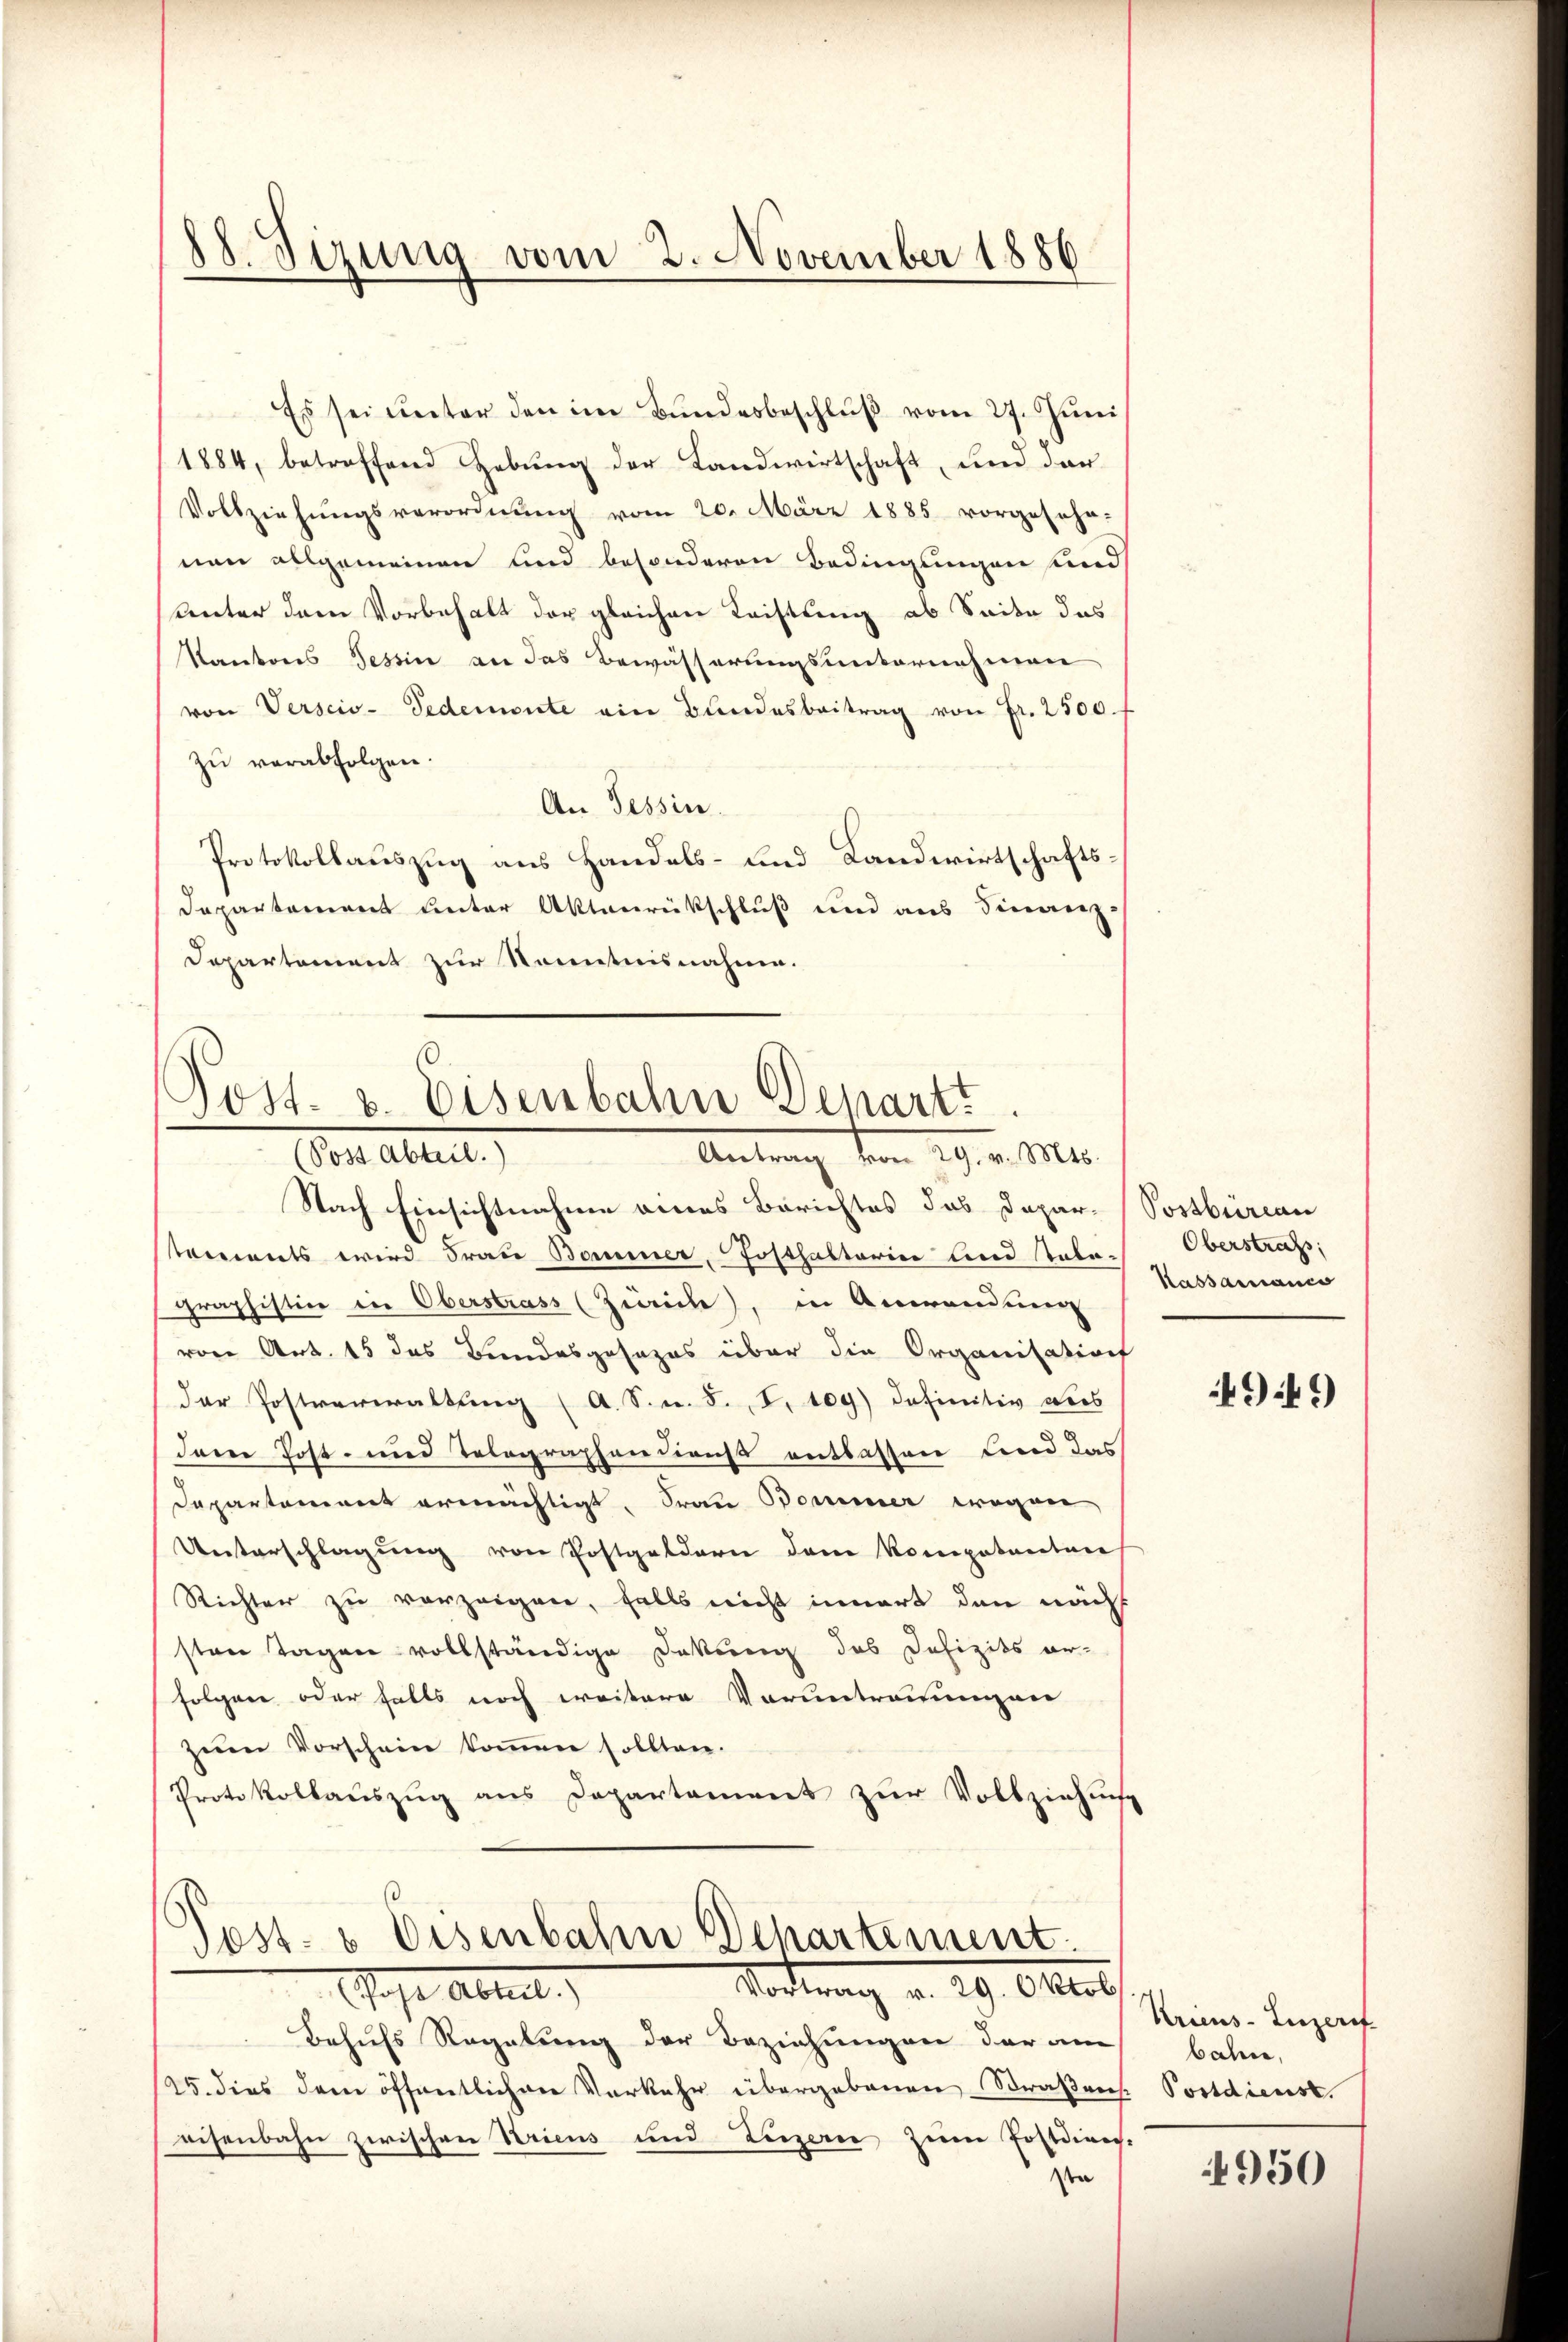
Es sei unter den im Bundesbeschlŭβ vom 27. Juni
1884, betreffend Hebung der Landwirtschaft, und dar
Vollziehungsverordnung vom 20. März 1885 vorgesehn-
nen allgemeinen und besonderen Bedingungen und
Unter dem Vorbehalt der gleichen Leistung ab Seite das
Kantons Tessin an das Bewässerungsunternehmen
von Verscio-Sedemente ein Bundesbeitrag von Fr. 2500.
zŭ verabfolgen.
An Tessin.
Protokollauszug aus Handels- und Landwirtschafts¬
Departement unter Aktenrückschluß und aus Finanz
Departement zur Kenntnisnahme.

88. Sizung vom 2. November 1886

Post. v. Eisenbahn Depart.
Antrag vom 29. v. Mts.
(Post Abteil.)

Nach Einsichtnahme eines Berichtes das Dapar- (Postbüreau
toments wird Frau Bommer, Posthalterier lind stabe-Oberstraf,
graphistice in Oberstrass (Zürich, in Anwendung
von Art. 15 das Bundesgesezes über die Organisation
der Postverwaltung (A. S. n. F. S. 109) definitiv des
dere Post- und Telegraphendienst entlassen und das
Departement ermächtigt. Frau Bommer wegen
Unterschlagung von Postgeldern dem Kompotaretare
Richter zu vorzeigen, falls nicht innert den nächst
sten Tagen vollständige Dekann das Defizits er-
folgen oder falls noch weitere Voruntreuungen
zum Vorschein kommen sollten.
Protokollauszug aus Departement zur Vollziehung

Post- & Eisenbahn Departement
Vortrag v. 19. Okt.
Jost Ableit.

Behufs Regelung der Beziehungen der am
25. dies dem öffentlichen Verkehr übergebenen Straßens. Postdienst.
eisenbahn zwischen Triens und Luzern zum Postdirech-
e

Kassamanis

949)

Kriens. Luzerf
bahne,

4950